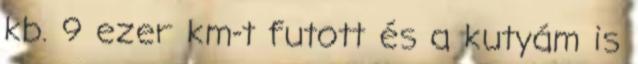
kb. 9 ezer km-t futott és a kutyám is